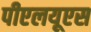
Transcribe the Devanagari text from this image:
पीएलयूएस